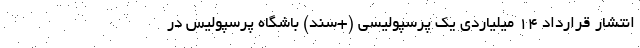
انتشار قرارداد 14 میلیاردی یک پرسپولیسی (+سند) باشگاه پرسپولیس در